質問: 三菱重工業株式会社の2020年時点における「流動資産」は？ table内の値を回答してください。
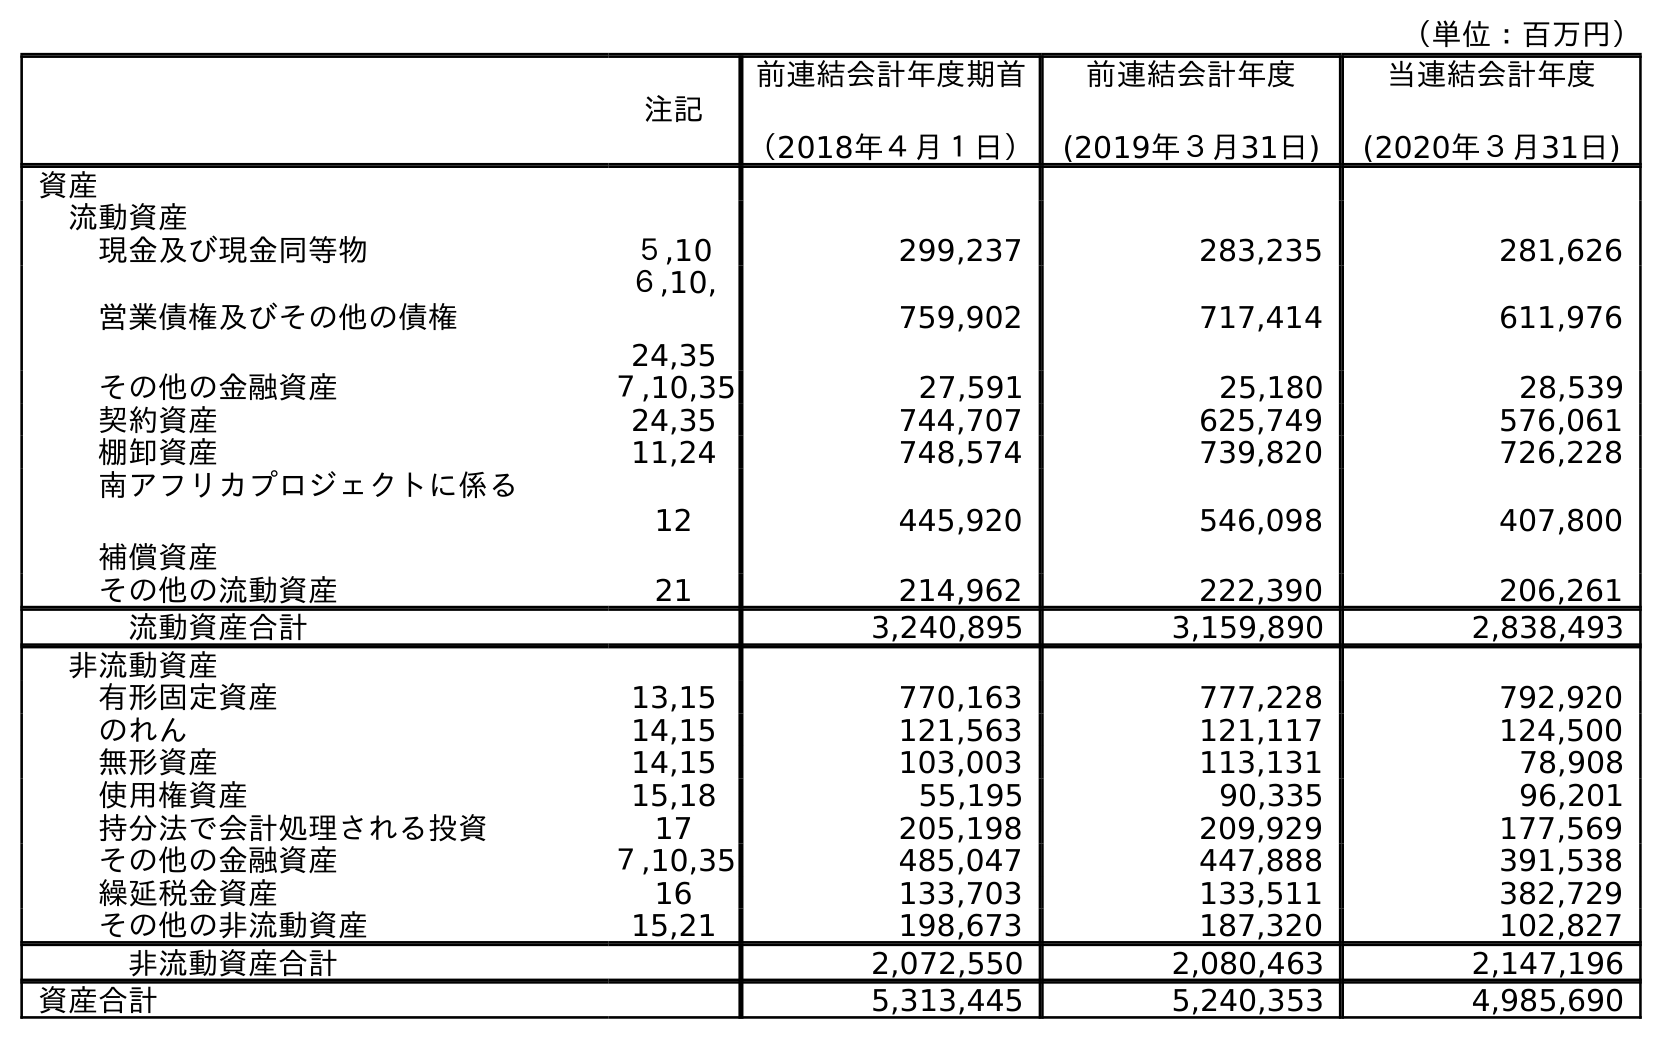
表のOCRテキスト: （単位：百万円） 注記 前連結会計年度期首 （2018年４月１日） 前連結会計年度 (2019年３月31日) 当連結会計年度 (2020年３月31日) 資産 流動資産 現金及び現金同等物 ５,10 299,237 283,235 281,626 営業債権及びその他の債権 ６,10, 24,35 759,902 717,414 611,976 その他の金融資産 ７,10,35 27,591 25,180 28,539 契約資産 24,35 744,707 625,749 576,061 棚卸資産 11,24 748,574 739,820 726,228 南アフリカプロジェクトに係る 補償資産 12 445,920 546,098 407,800 その他の流動資産 21 214,962 222,390 206,261 流動資産合計 3,240,895 3,159,890 2,838,493 非流動資産 有形固定資産 13,15 770,163 777,228 792,920 のれん 14,15 121,563 121,117 124,500 無形資産 14,15 103,003 113,131 78,908 使用権資産 15,18 55,195 90,335 96,201 持分法で会計処理される投資 17 205,198 209,929 177,569 その他の金融資産 ７,10,35 485,047 447,888 391,538 繰延税金資産 16 133,703 133,511 382,729 その他の非流動資産 15,21 198,673 187,320 102,827 非流動資産合計 2,072,550 2,080,463 2,147,196 資産合計 5,313,445 5,240,353 4,985,690
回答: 2,838,493